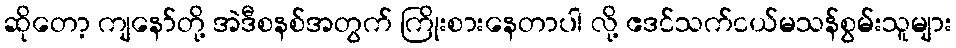
ဆိုတော့ ကျနော်တို့ အဲဒီစနစ်အတွက် ကြိုးစားနေတာပါ လို့ ဧဒင်သက်ငယ်မသန်စွမ်းသူများ